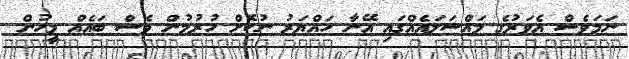
ނަމަވެސް އެވަރުގެ މައްސަލައެއްގައި އޭނާ ހައްޔަރު ނުކޮށް ހުރުމުން ވެސް ބައެއް މީހުން